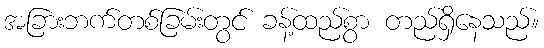
အခြားဘက်တစ်ခြမ်းတွင် ခန့်ထည်စွာ တည်ရှိနေသည်။